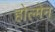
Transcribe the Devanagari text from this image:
होल्मेन